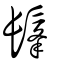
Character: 髼